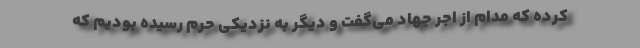
کرده که مدام از اجر جهاد می‌گفت و دیگر به نزدیکی حرم رسیده بودیم که